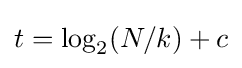
t=\log _{2}(N/k)+c